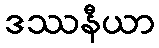
ဒဿနီယာ